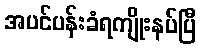
အပင်ပန်းခံရကျိုးနပ်ပြီ